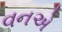
વનએ